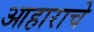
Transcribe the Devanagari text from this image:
आहाराचे